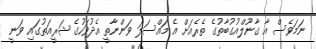
ނަމަވެސް އާ ގާނޫލްއުގުބާތުގެ ތެރެއަށް އެ މައްސަލަ ވަންނާތީ އެދުވަހުގެ ޝަރީއަތުގައި ވަނީ